Serum-therapy of plague in India - Number 20
Disease focus: Plague
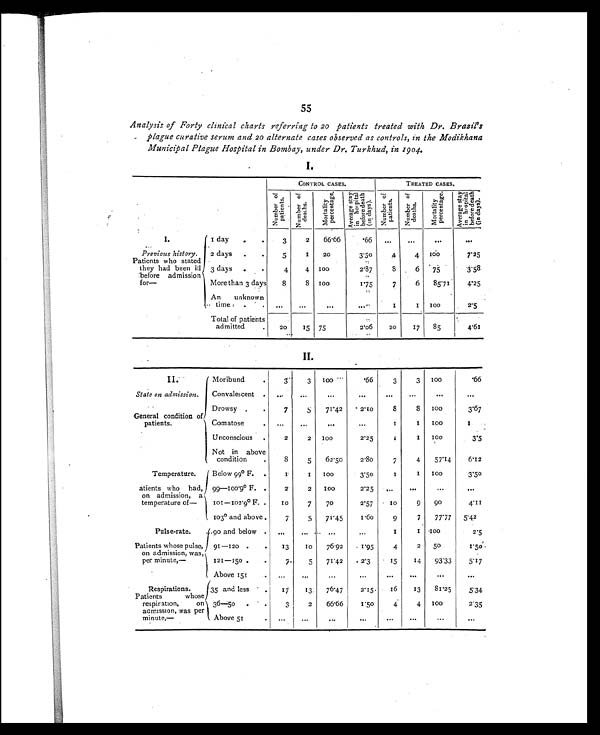
55
Analysis of Forty clinical charts referring to 20 patients treated with Dr. Brazil's
plague curative serum and 20 alternate cases observed as controls, in the Modikhana
Municipal Plague Hospital in Bombay, under Dr. Turkhud, in 1904.
I.
CONTROL CASES.
TREATED CASES.
N u m b e r o f
p a t i e n t s .
N u m b e r o f
d e a t h s .
M o r t a l i t y
p e r c e n t a g e .
A v e r a g e s t a y
i n h o s p i t a l
b e f o r e d e a t h
( i n d a y s ) .
N u m b e r o f
p a t i e n t s .
N u m b e r o f
d e a t h s .
M o r t a l i t y
p e r c e n t a g e .
A v e r a g e s t a y
i n h o s p i t a l
b e f o r e d e a t h
( i n d a y s ) .
I.
1 day
.
.
3
2
66.66
.66 ...
. . .
. . .
. . .
Previous history.
Patients who stated
they had been ill
before admission
for—
2 days .
5
1 20
3.50
4
4 100
7.25
3 days .
4
4
1 0 0
2.87
8
6 75
3.58
More than 3 days
8
8
1 0 0
1.75
7
6
85.71
4 . 2 5
An unknown
time
. . ...
. . .
. . .
...
1
1
1 0 0
2.5
Total of patients
admitted
20
15 75
2.06
20
17 85
4 . 6 1
II.
II.
Moribund
.
3
3
100
.66
3
3
1 0 0
.66
State on admission.
Convalescent .
. . .
. . .
. . .
. . . . . .
. . .
. . .
. . .
General condition of
patients.
.
Drowsy
.
7
5
71.42
2.10
8
3
1 0 0
3.67
Comatose
. ...
...
...
...
1
1
1 0 0
1
Unconscious .
2
2 100
2.25
1
1
1 0 0
3 . 5
Not in above
condition
8
5
62.50
2.80
7
4
57.14
6.12
Temperature.
Below 99° F. .
1
1
100
3.50
1
1
1 0 0
3.50
P a t i e n t s w h o h a d ,
on admission, a
temperature of—
99—100.9° F. .
2
2
100
2.25 ...
. . .
...
...
101—102.9° F. 10
7
70
2.57
10
9
90
4.11
1 0 3°
and above
7
5
71.45
1.60
9
7
77.77 5 . 4 2
Pulse-rate.
90 and below . ...
. . .
...
. . .
1
1 1 0 0
2.5
Patients whose pulse,
on admission, was,
per minute,—
91—120
. 13
1 0 76.92 1.95
4
2 50
1 . 5 0
121—150
7
5
71.42
2.3
15
14
93.33
5.17
Above 151
. ...
. . .
...
. . . . . .
. . .
. . .
. . .
Respirations.
35 and less
. . 17
13
76.47
2.15
16
13 81.25
5.34
Patients whose
respiration, on
admission, was per
minute,—
36—50 .
. .
3
2
66.66
1.50
4
4 100
2.35
Above 51 .
. . .
. . .
. . .
...
. . . . . .
. . .
. . .